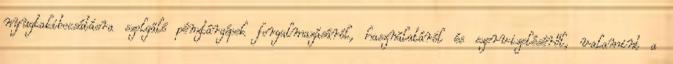
nyugtakibocsátásra szolgáló pénztárgépek forgalmazásáról, használatáról és szervizeléséről, valamint a